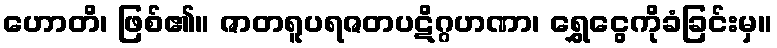
ဟောတိ၊ ဖြစ်၏။ ဇာတရူပရဇတပဋိဂ္ဂဟဏာ၊ ရွှေငွေကိုခံခြင်းမှ။